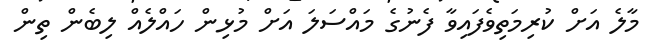
މާލެ އަށް ކުރިމަތިވެފައިވާ ފެނުގެ މައްސަލަ އަށް މުޅިން ހައްލެއް ލިބެން ތިން